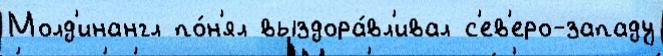
Молд'инангл по́н'ял выздора́вл'ивал с'ев'еро-западу